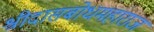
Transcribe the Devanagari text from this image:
श्रीदासबोधमहाराज